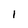
Character: l